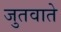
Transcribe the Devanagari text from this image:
जुतवाते